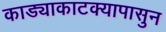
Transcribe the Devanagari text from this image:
काड्याकाटक्यापासुन